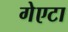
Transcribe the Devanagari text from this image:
गेएटा